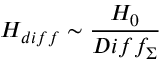
{ \cal H } _ { d i f f } \sim \frac { { \cal H } _ { 0 } } { D i f f _ { \Sigma } }